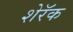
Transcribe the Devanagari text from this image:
शेरॅक